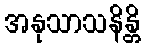
အနုသာသနိန္တိ